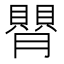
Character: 𦡺